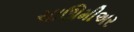
ચાઊમીઅર